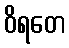
ဝိရတေ